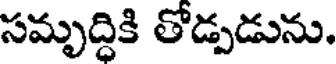
సమృద్ధికి తోడ్పడును.